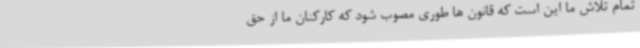
تمام تلاش ما این است که قانون ها طوری مصوب شود که کارکنان ما از حق